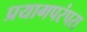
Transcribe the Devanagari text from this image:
प्रयागपरंपरा